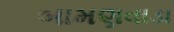
બામણવાડા